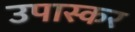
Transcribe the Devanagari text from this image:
उपास्कर